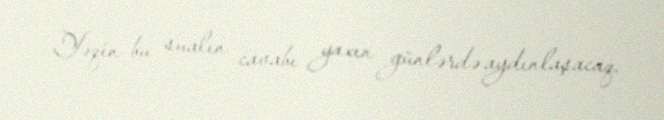
Yəqin bu sualın cavabı yaxın günlərdə aydınlaşacaq.